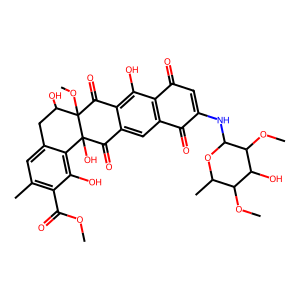
SMILES: COC(=O)c1c(C)cc2c(c1O)C1(O)C(=O)c3cc4c(c(O)c3C(=O)C1(OC)C(O)C2)C(=O)C=C(NC1OC(C)C(OC)C(O)C1OC)C4=O
Inhibits HIV replication: No